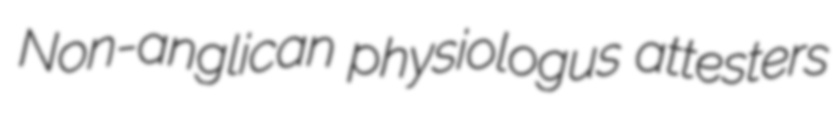
Non-anglican physiologus attesters